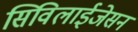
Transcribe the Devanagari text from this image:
सिविलाईजेसन